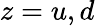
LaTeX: z=u,d